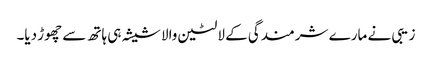
زیبی نے مارے شرمندگی کے لالٹین والا شیشہ ہی ہاتھ سے چھوڑ دیا۔